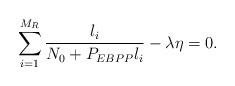
LaTeX: \begin{align*}\sum_{i=1}^{M_R} \frac{l_i}{N_0 +P_{EBPP}l_i} - \lambda \eta = 0.\end{align*}